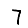
Digit: 7